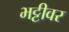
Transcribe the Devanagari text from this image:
भट्टीवर